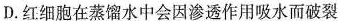
D.红细胞在蒸馏水中会因渗透作用吸水而破裂